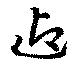
迎